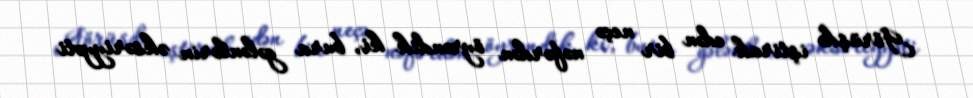
Görüşdə iştirak edən bir neçə nəfərdən öyrəndik ki, bura gələnlərin əksəriyyəti